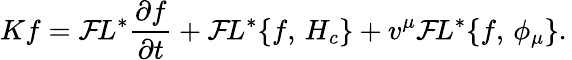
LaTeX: Kf={\cal F}\! L^{*}{\frac{\partial f}{\partial t}}+{\cal F}\! L^{*}\{ f,\, H_{c}\} +v^{\mu}{\cal F}\! L^{*}\{ f,\, \phi_{\mu}\} .\,